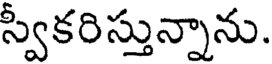
స్వీకరిస్తున్నాను.